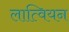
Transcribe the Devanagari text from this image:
लात्वियन